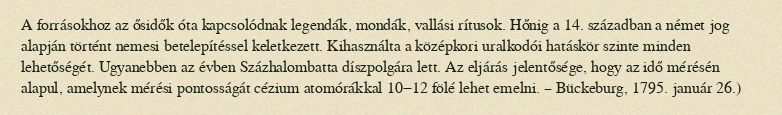
A forrásokhoz az ősidők óta kapcsolódnak legendák, mondák, vallási rítusok. Hőnig a 14. században a német jog alapján történt nemesi betelepítéssel keletkezett. Kihasználta a középkori uralkodói hatáskör szinte minden lehetőségét. Ugyanebben az évben Százhalombatta díszpolgára lett. Az eljárás jelentősége, hogy az idő mérésén alapul, amelynek mérési pontosságát cézium atomórákkal 10−12 fölé lehet emelni. – Bückeburg, 1795. január 26.)